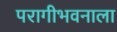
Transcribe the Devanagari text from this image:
परागीभवनाला